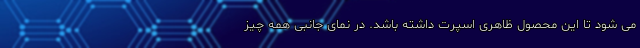
می شود تا این محصول ظاهری اسپرت داشته باشد. در نمای جانبی همه چیز